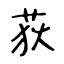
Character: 荻